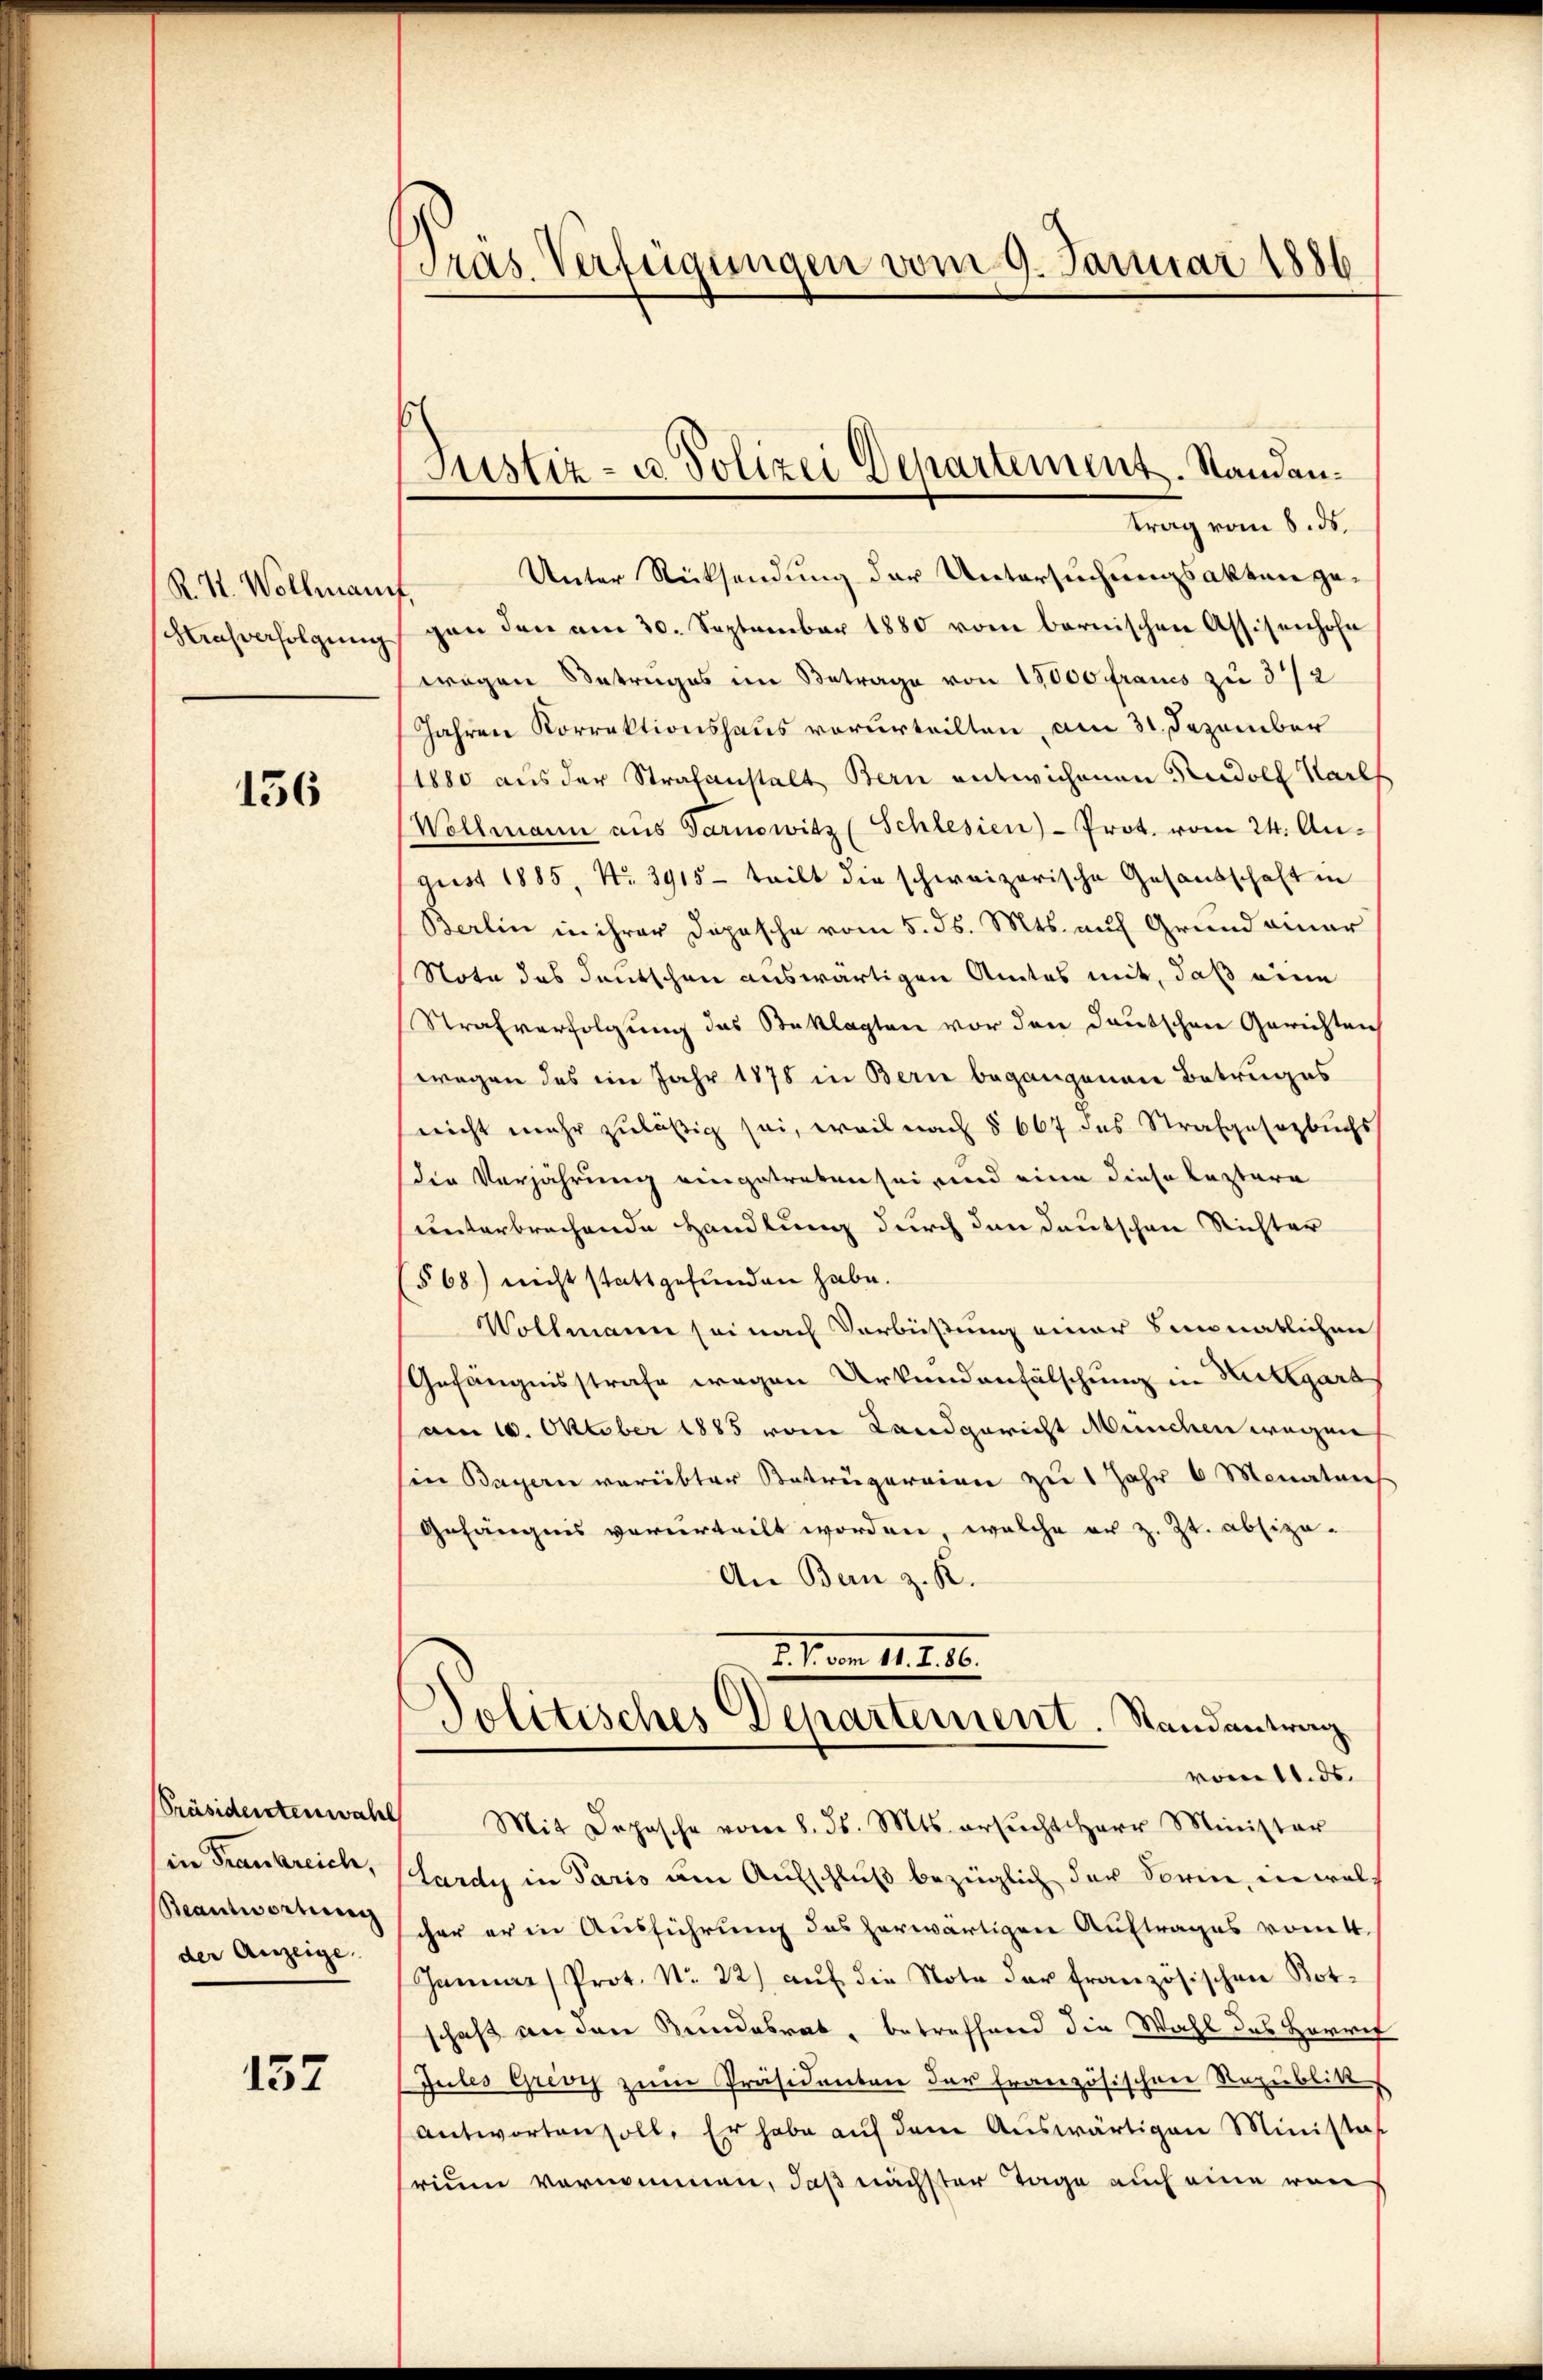
R. R. Wollmann
hlensverfolgung

156

Präsidentenwahl
in Frankreich,
Beantwortung
der Anzeige.

157

Tras Verfügungen vom 9. Januar 1886

Justiz- u. Polizei Departement. Standan¬

trag vom 8. ds.
Unter Rücksendung der Untersuchungsakten gegen den am 30. September 1880 vom bernischen Assisenhofe
wagen Betruges im Betrage von 15000 francs zu 3/2
Jahren Korrektionshaus vorurteilten, am 31. Dezember
1880 aus der Strafanstalt Bern entwichenen Rudolf Karls
Wollmann aus Tarnowitz (Schlesien)-Prot. vom 24. August 1885, No. 3915- teilt die schweizerische Gesandschaft in
Berlin in ihrer Depesche vom 5. ds. Mts. auf Grund einer
Note des deutschen auswärtigen Amtes mit, daß eine
Strafverfolgung des Beklagten vor den deutschen Gerichten
wegen des im Jahr 1878 in Bern begangenen Betruges
nicht mehr zuläßig sei, weil nach § 667 das Strafgesezbuchs
die Verjährung eingetreten sei und eine diese leztere
unterbrechende Handlung durch den Deutschen Richter
§ 68) nicht stattgefunden habe.
Vollmann sei nach Verbüßung einer Simonatlichen
Gefängnisstrafe wegen Urkundenfälschung in Kuttgara
am 10. Oktober 1885 vom Landgericht München wegen
Ein Bayern verübter Beträgereien zu 1 Jahr 6 Monaten
Gefängnis verurteilt worden, welche er z. Zt. absizo-
An Bern z. K.
1. I. am 1. 2. 60.
Jolitisches Departement. Randantrag
vom 11. ds.
Mit Depesche vom 8. ds. Mts. ersŭcht Herr Minister
Lardy in Paris am Aufschluß bezüglich der Sorie, in welch
cher er in Ausführung des herwärtigen Auftrages vom t
Januar Prot. No. 22) aŭf die Note der französischen Not-
schaft an den Bundesrat, betreffend die Wahl des Herref
Jules Grevy zum Präsidenten der Französischen Republik
antworten soll. Er habe aŭf den Aŭswärtigen Ministaf
rium vernommen, daß nächster Tage auch eine von